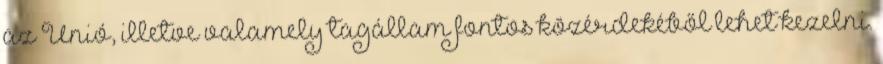
az Unió, illetve valamely tagállam fontos közérdekéből lehet kezelni.